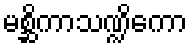
မစ္ဆိကာသဏ္ဍိကော